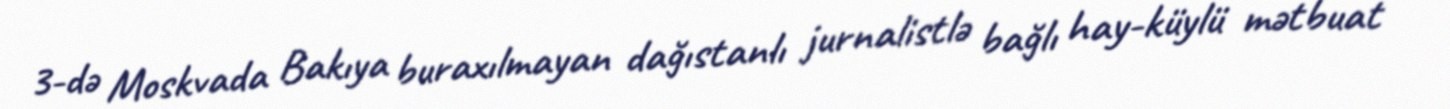
3-də Moskvada Bakıya buraxılmayan dağıstanlı jurnalistlə bağlı hay-küylü mətbuat